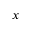
x